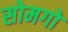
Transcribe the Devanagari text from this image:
सोमगो